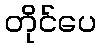
တိုင်ပေ